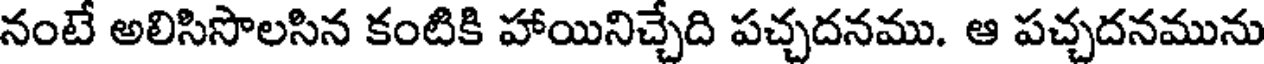
నంటే అలిసిసొలసిన కంటికి హాయినిచ్చేది పచ్చదనము. ఆ పచ్చదనమును